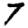
Digit: 7